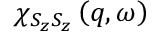
\chi _ { S _ { z } S _ { z } } \left( q , \omega \right)